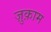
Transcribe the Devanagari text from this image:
ज़ुक़ाम